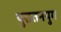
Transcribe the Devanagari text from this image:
पुरातनयुग